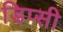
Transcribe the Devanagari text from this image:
डिप्सी